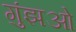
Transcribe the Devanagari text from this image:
गुंझओ